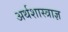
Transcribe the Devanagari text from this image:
अर्थशास्त्राज्ञ